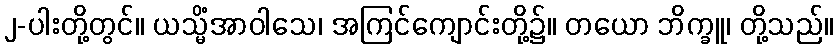
၂-ပါးတို့တွင်။ ယသ္မိံအာဝါသေ၊ အကြင်ကျောင်းတို့၌။ တယော ဘိက္ခူ၊ တို့သည်။